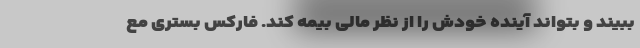
ببیند و بتواند آینده خودش را از نظر مالی بیمه کند. فارکس بستری مع